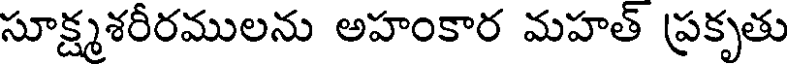
సూక్ష్మశరీరములను అహంకార మహత్ ప్రకృతు